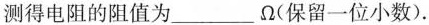
置时，并联在电阻两端的电压表的示数如图甲所示，